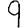
Digit: 9